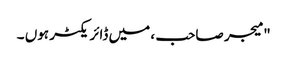
" میجر صاحب ، میں ڈائریکٹر ہوں ۔